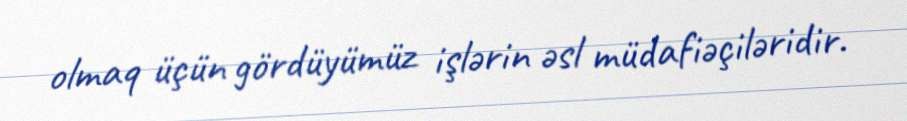
olmaq üçün gördüyümüz işlərin əsl müdafiəçiləridir.